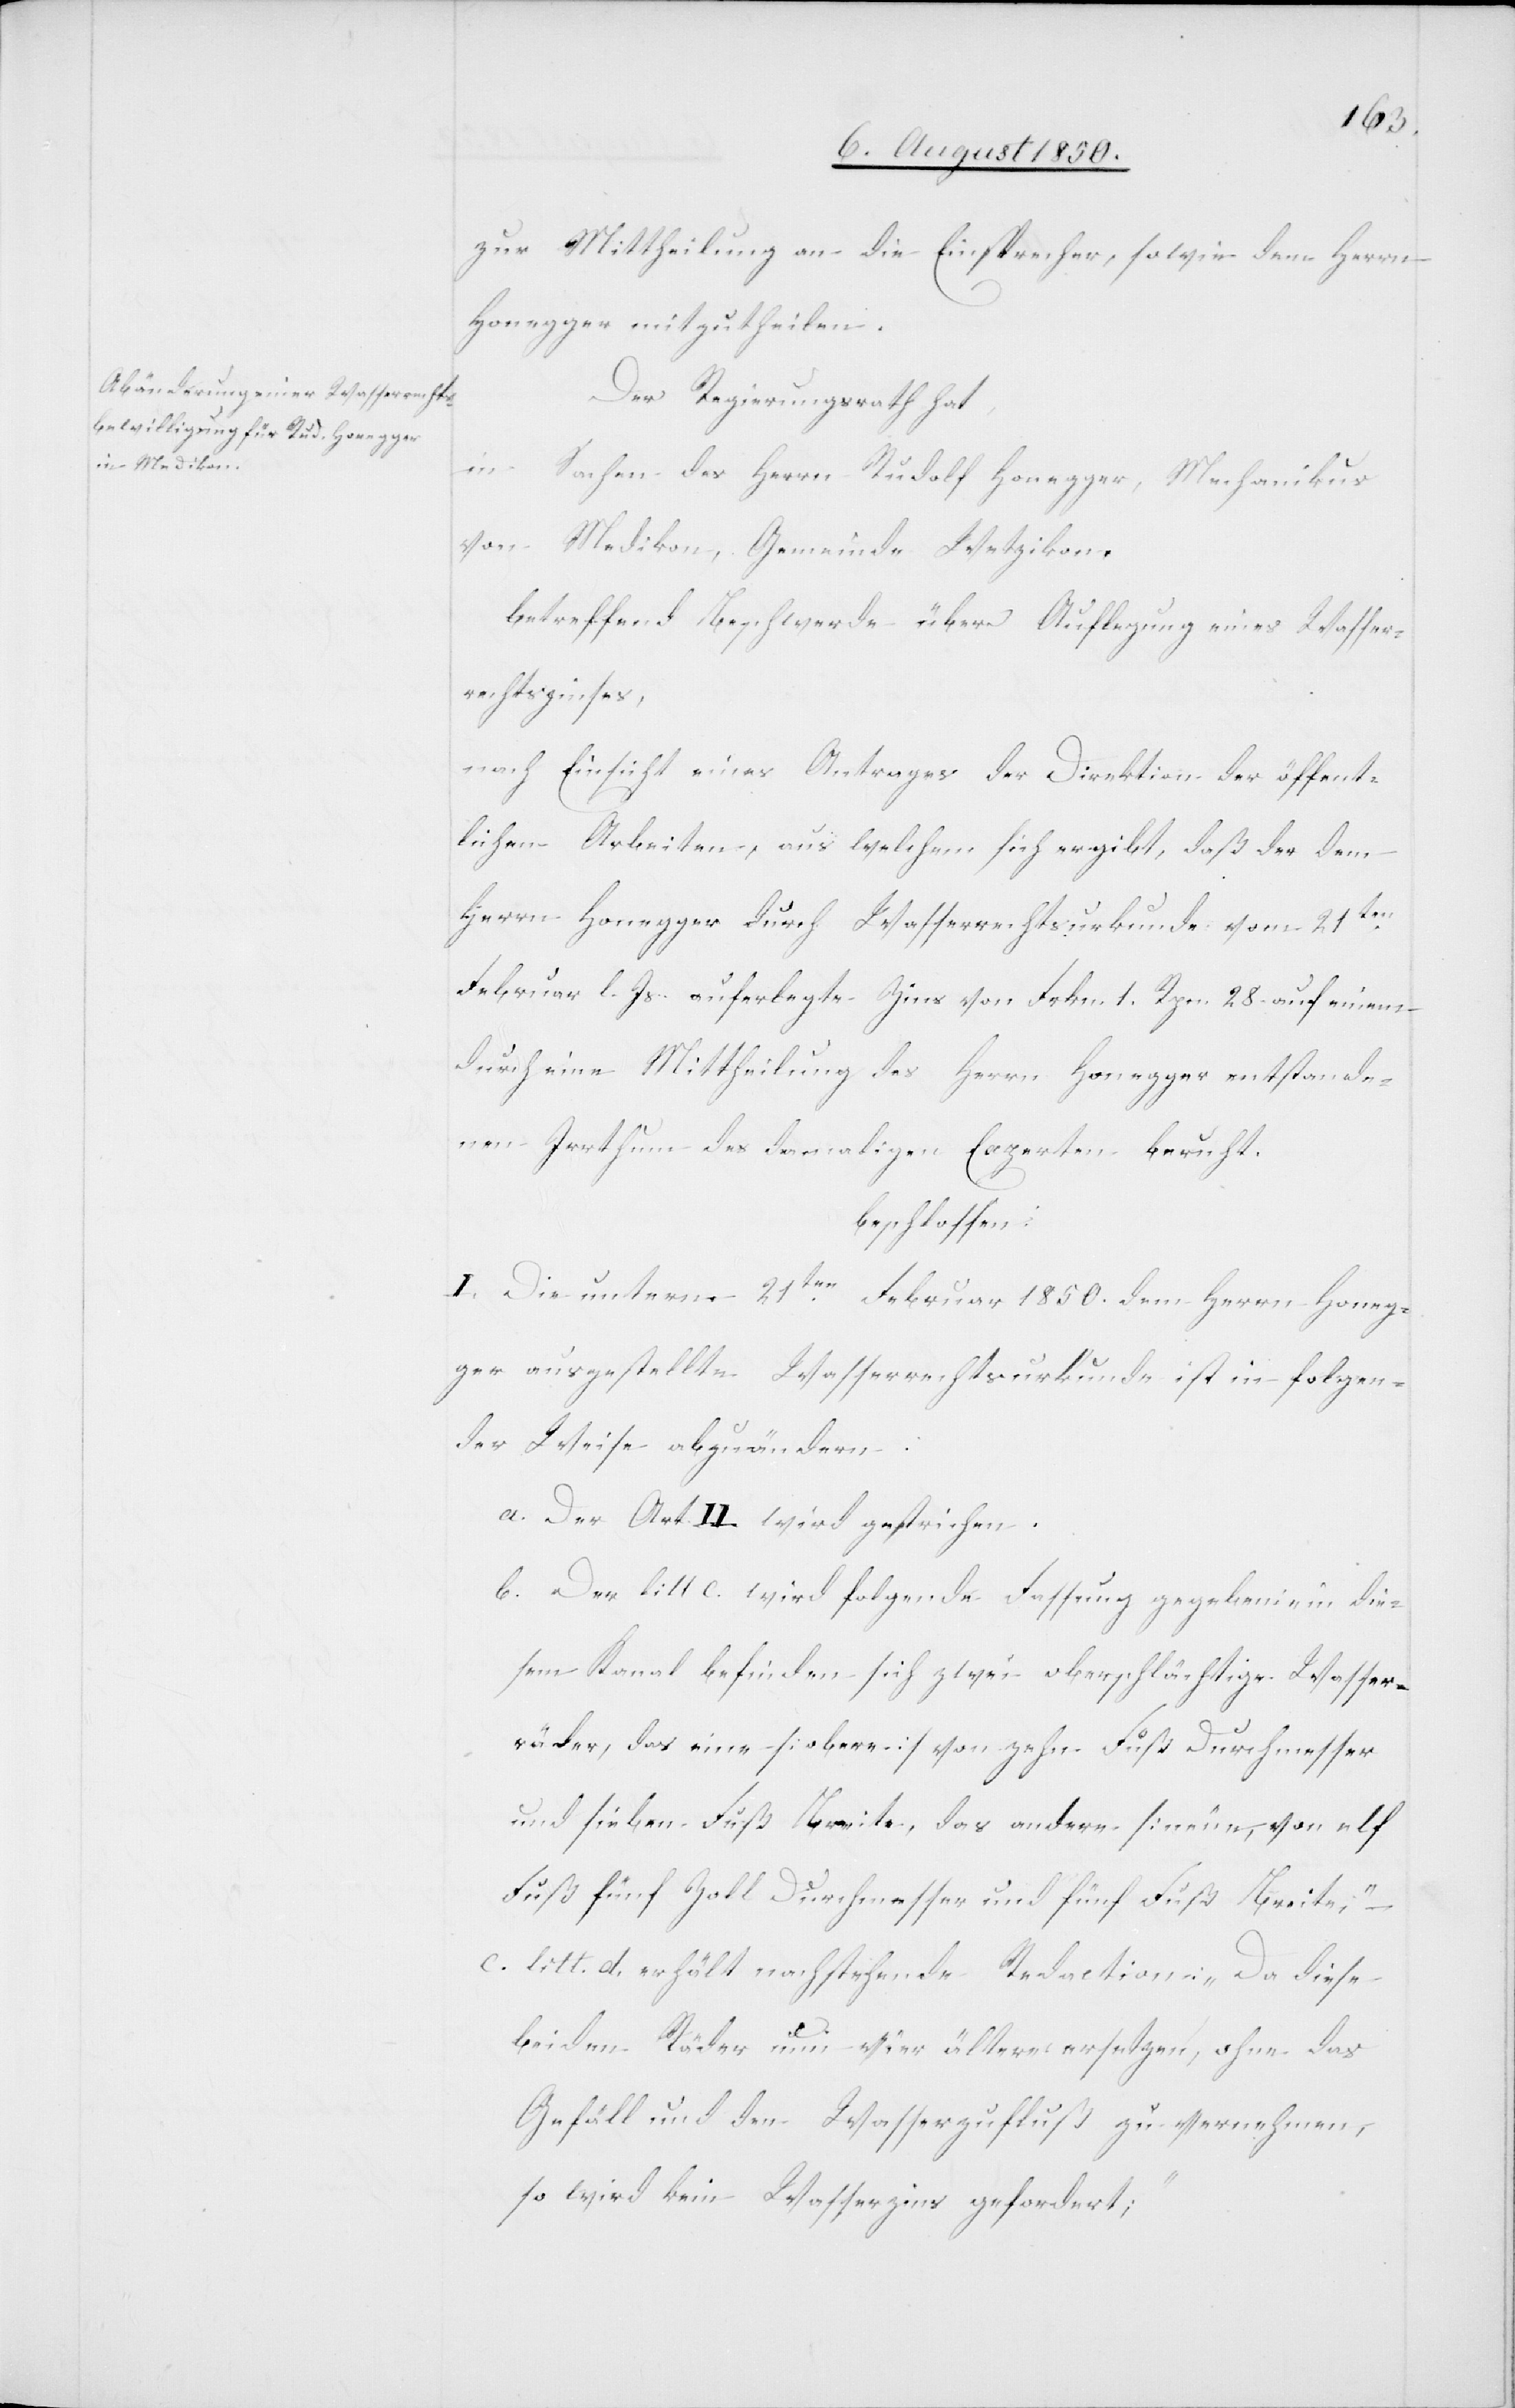
zur Mittheilung an die Einsprecher, sowie dem Herrn
Honegger mitzutheilen.
Der Regierungsrath hat
in Sachen des Herrn Rudolf Honegger, Mechanikus
von Medikon, Gemeinde Wetzikon,
betreffend Beschwerde über Auflegung eines Wasser¬
rechtszinses,
nach Einsicht eines Antrages der Direktion der öffent¬
lichen Arbeiten, aus welchem sich ergibt, daß der dem
Herrn Honegger durch Wasserrechtsurkunde vom 21ten
Februar l. Js. auferlegte Zins von Frkn. 1. Rpn. 28. auf einem
durch eine Mittheilung des Herrn Honegger entstande¬
nen Irrthum des dermaligen Experten beruht.
beschlossen:
I. Die unterm 21ten Februar 1850. dem Herrn Honeg¬
ger ausgestellte Wasserrechtsurkunde ist in folgen¬
der Weise abzuändern:
a. Der Art. II. wird gestrichen.
Dem] litt C. wird folgende Fassung gegeben: [„]in die¬
sem Kanal befinden sich zwei oberschlächtige Wasser¬
räder, das eine [obere] von zehn Fuß Durchmesser
und sieben Fuß Breite, das andere [neue[]] von elf
Fuß fünf Zoll Durchmesser und fünf Fuß Breite,“ –
c. litt. d. erhält nachstehende Redaction: „Da diese
beiden Räder nun vier ältere ersetzen, ohne das
Gefäll und den Wasserzufluß zu vernehmen
so wird kein Wasserzins gefordert;“